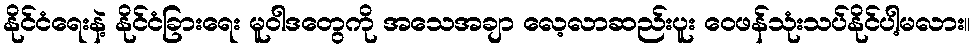
နိုင်ငံရေးနဲ့ နိုင်ငံခြားရေး မူဝါဒတွေကို အသေအချာ လေ့လာဆည်းပူး ဝေဖန်သုံးသပ်နိုင်ပါ့မလား။